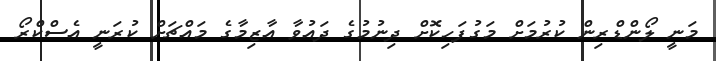
މަނީ ލޯންޑްރިން ކުރުމަށް މަގުފަހިކޮށް ދިނުމުގެ ދައުވާ އާޒިމާގެ މައްޗަށް ކުރަނީ އެސްކްރޯ